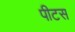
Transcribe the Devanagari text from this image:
पीटस